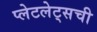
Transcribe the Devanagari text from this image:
प्लेटलेट्‌सची